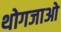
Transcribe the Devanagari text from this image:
थोगजाओ